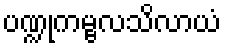
ပဏ္ဍုကမ္ဗလသိလာယံ